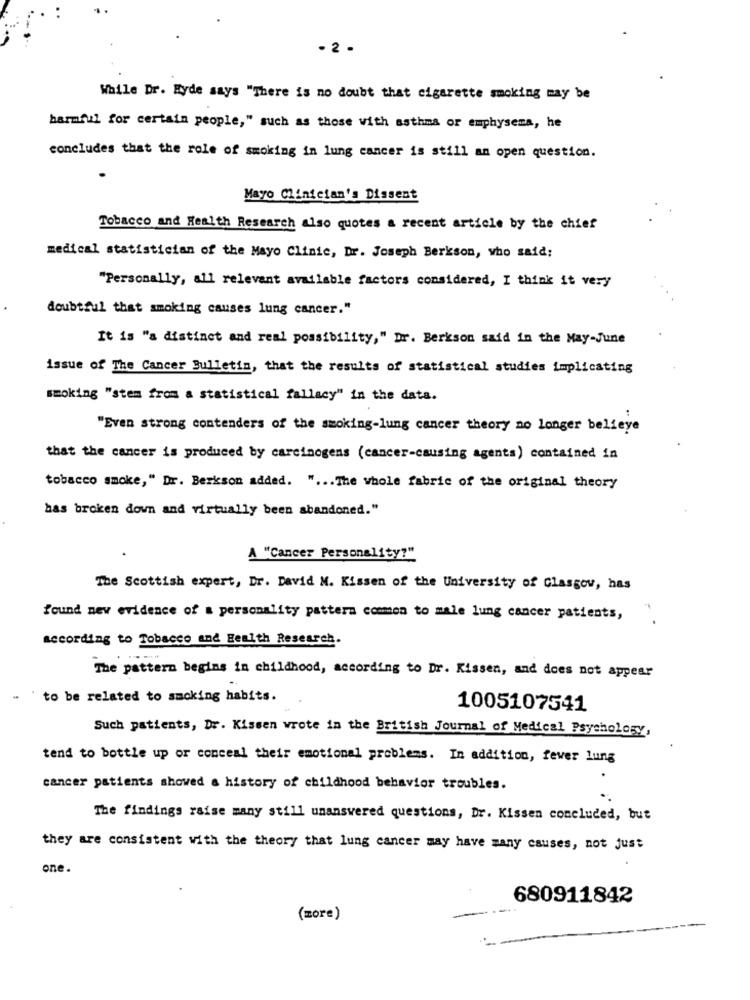
- 2 .
While Dr. Hyde says "There is no doubt that cigarette smoking may be
harmful for certain people," such as those with asthma or emphysema, he
concludes that the role of smoking in lung cancer is still an open question.
Mayo Clinician's Dissent
Tobacco and Health Research also quotes a recent article by the chief
medical statistician of the Mayo Clinic, Dr. Joseph Berkson, who said;
"Personally, all relevant available factors considered, I think it very
doubtful that smoking causes lung cancer."
It is "a distinct and real possibility," Dr. Berkson said in the May-June
issue of The Cancer Bulletin, that the results of statistical studies implicating
smoking "stem from a statistical fallacy" in the data.
"Even strong contenders of the smoking-lung cancer theory no longer believe
that the cancer is produced by carcinogens (cancer-causing agents) contained in
tobacco smoke," Dr. Berkson added. " ... The whole fabric of the original theory
has broken down and virtually been abandoned."
A "Cancer Personality?"
The Scottish expert, Dr. David M. Kissen of the University of Glasgow, has
found new evidence of a personality pattern common to male lung cancer patients,
according to Tobacco and Health Research.
The pattern begins in childhood, according to Dr. Kissen, and does not appear
to be related to smoking habits.
1005107541
Such patients, Dr. Kissen wrote in the British Journal of Medical Psychology,
tend to bottle up or conceal their emotional problems. In addition, fever lung
cancer patients showed a history of childhood behavior troubles.
The findings raise many still unanswered questions, Dr. Kissen concluded, but
they are consistent with the theory that lung cancer may have many causes, not just
one.
680911842
(more)